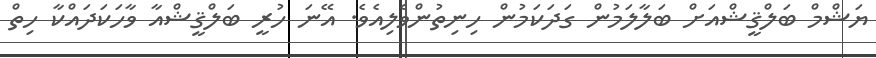
ޔަޝްމް ބަލްޤީޝްއަށް ބަލާލަމުން ގަދަކަމުން ހިނިތުންވެލިއެވެ. އޭނަ ހުރީ ބަލްޤީޝްއާ ވާހަކަދައްކާ ހިތް